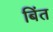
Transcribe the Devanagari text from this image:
बिंत